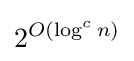
2^{O(\log ^{c}n)}